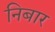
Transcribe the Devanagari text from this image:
निबार